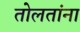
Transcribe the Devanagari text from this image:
तोलतांना